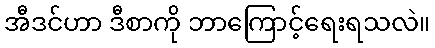
အီဒင်ဟာ ဒီစာကို ဘာကြောင့်ရေးရသလဲ။